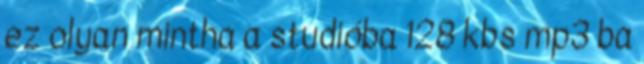
ez olyan mintha a studióba 128 kbs mp3 ba